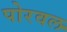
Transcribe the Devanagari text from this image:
पोरवल